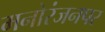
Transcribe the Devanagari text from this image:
मनोरंजनपर